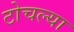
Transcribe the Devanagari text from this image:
टोचल्या